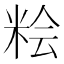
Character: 𱸾